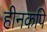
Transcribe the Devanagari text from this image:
हीनकपि